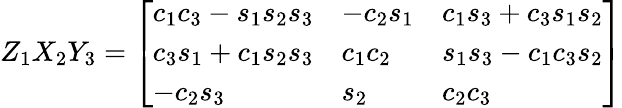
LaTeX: Z_{1}X_{2}Y_{3}={\left[\begin{array}{lll}{c_{1}c_{3}-s_{1}s_{2}s_{3}}&{-c_{2}s_{1}}&{c_{1}s_{3}+c_{3}s_{1}s_{2}}\\ {c_{3}s_{1}+c_{1}s_{2}s_{3}}&{c_{1}c_{2}}&{s_{1}s_{3}-c_{1}c_{3}s_{2}}\\ {-c_{2}s_{3}}&{s_{2}}&{c_{2}c_{3}}\end{array}\right]}